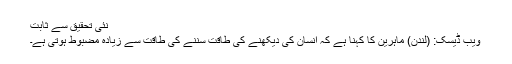
نئی تحقیق سے ثابت
ویب ڈیسک: (لندن) ماہرین کا کہنا ہے کہ انسان کی دیکھنے کی طاقت سننے کی طاقت سے زیادہ مضبوط ہوتی ہے۔